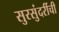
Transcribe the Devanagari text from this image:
सुरसुंदरींची